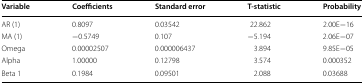
| Variable | Coefficients | Standard error | T-statistic | Probability |
 | --- | --- | --- | --- | --- |
 | AR (1) | 0.8097 | 0.03542 | 22.862 | 2.00E−16 |
 | MA (1) | −0.5749 | 0.107 | −5.194 | 2.06E−07 |
 | Omega | 0.00002507 | 0.000006437 | 3.894 | 9.85E−05 |
 | Alpha | 1.00000 | 0.12798 | 3.574 | 0.000352 |
 | Beta 1 | 0.1984 | 0.09501 | 2.088 | 0.03688 |